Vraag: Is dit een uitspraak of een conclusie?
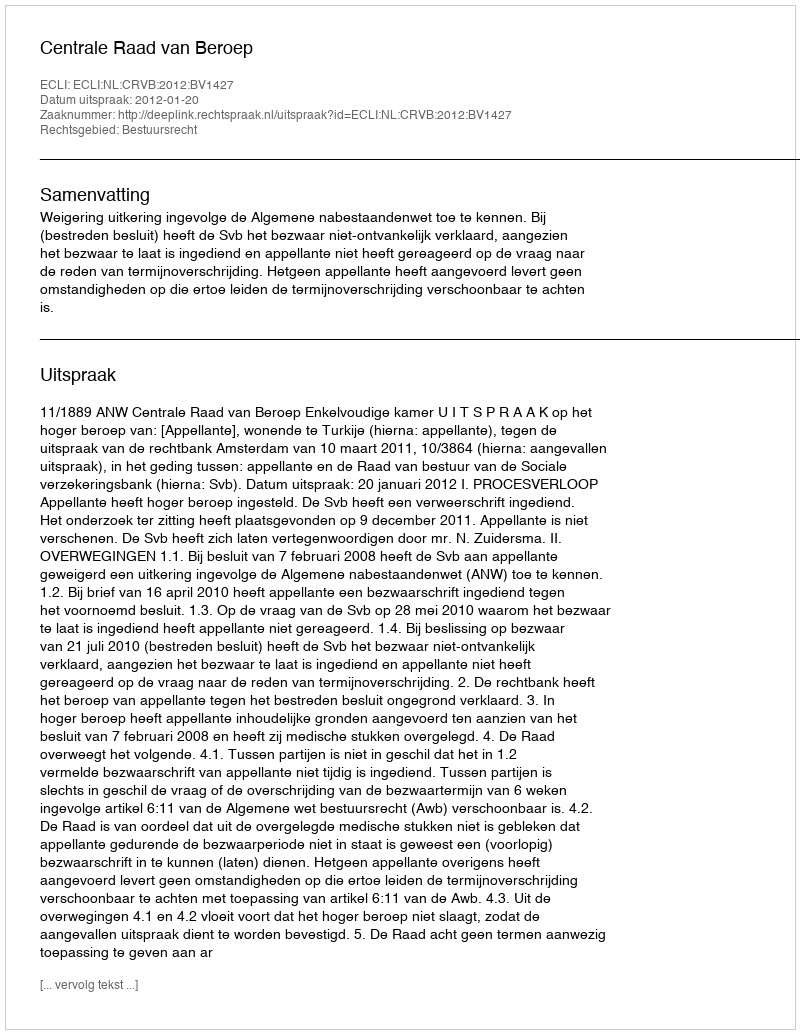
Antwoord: Uitspraak